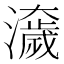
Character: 𤂾